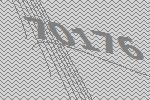
70176